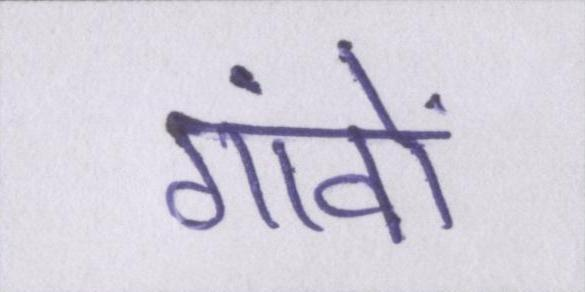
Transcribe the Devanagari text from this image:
गांवों